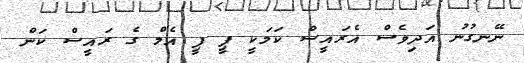
ނޭނގުނު އަދިވެސް އެރައީސް ކަމަކީ ޕީ ޕީ އެމް ގެ ރައީސް ކަން